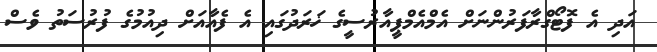
އަދި އެ ފޮޓޯގްރާފަރުންނަށް އެމްއެމްޕީއާރުސީގެ ޚަރަދުގައި އެ ފެއާއަށް ދިއުމުގެ ފުރުސަތު ވެސް